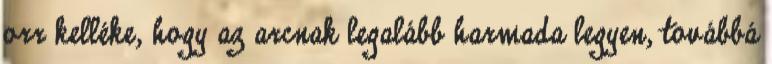
orr kelléke, hogy az arcnak legalább harmada legyen, továbbá